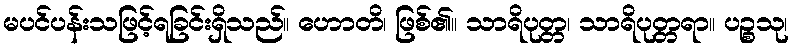
မပင်ပန်းသဖြင့်ရခြင်းရှိသည်။ ဟောတိ၊ ဖြစ်၏။ သာရိပုတ္တ၊ သာရိပုတ္တရာ။ ပဉ္စသု၊